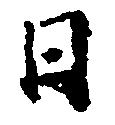
日